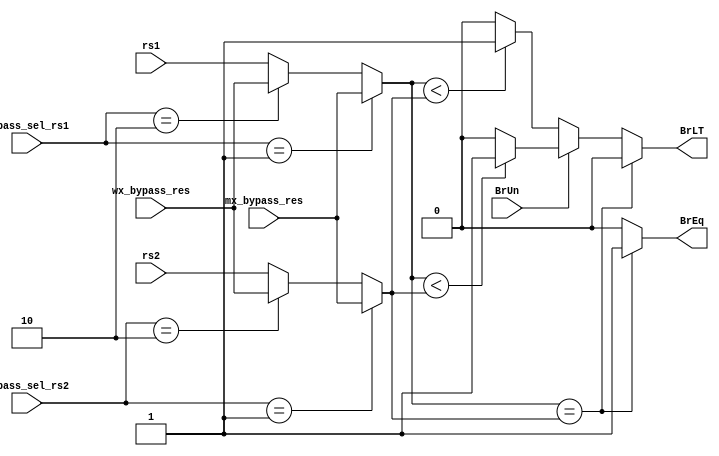
module branch_comp (
    input wire BrUn,
    input wire [31:0] rs1,
    input wire [31:0] rs2,
    input wire [31:0] mx_bypass_res,
    input wire [31:0] wx_bypass_res,
    input wire [1:0] bypass_sel_rs1,
    input wire [1:0] bypass_sel_rs2,
    output reg BrEq,
    output reg BrLT
);

reg [31:0] compare_rs1;
reg [31:0] compare_rs2;

initial 
begin
    BrEq = 0;    
    BrLT = 0;    
    compare_rs1 = 0;
    compare_rs2 = 0;
end

always @(*) 
begin
    // select bypass result for rs1
    if (bypass_sel_rs1 == 2'b01)  // mx
        compare_rs1 = mx_bypass_res;
    else if (bypass_sel_rs1 == 2'b10) // wx
        compare_rs1 = wx_bypass_res;
    else 
        compare_rs1 = rs1;

    // bypass result for rs2
    if (bypass_sel_rs2 == 2'b01) // mx
        compare_rs2 = mx_bypass_res;
    else if (bypass_sel_rs2 == 2'b10) // wx
        compare_rs2 = wx_bypass_res;
    else 
        compare_rs2 = rs2;

    // set output based on bypassing results
    if (compare_rs1 == compare_rs2) // equal values
    begin
        BrEq = 1'b1;
        BrLT = 1'b0;
    end    
    else if (BrUn == 1'b1) // unsigned comparison
    begin
        if (compare_rs1 < compare_rs2) begin
            BrLT = 1'b1;
            BrEq = 1'b0;
        end
        else begin
            BrEq = 1'b0;
            BrLT = 1'b0;
        end
    end
    else if (BrUn == 1'b0) // signed compare
    begin
        if ($signed(compare_rs1) < $signed(compare_rs2)) begin 
            BrLT = 1'b1;
            BrEq = 1'b0;
        end
        else begin
            BrEq = 1'b0;
            BrLT = 1'b0;
        end
    end 
    else 
    begin
        BrEq = 1'b0;
        BrLT = 1'b0;
    end
end
    
endmodule